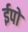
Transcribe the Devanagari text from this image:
ईपो